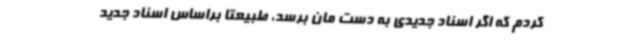
کردم که اگر اسناد جدیدی به دست مان برسد، طبیعتا براساس اسناد جدید